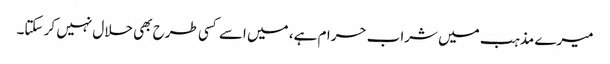
میرے مذہب میں شراب حرام ہے، میں اسے کسی طرح بھی حلال نہیں کر سکتا۔